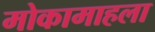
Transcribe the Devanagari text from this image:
मोकामाहला